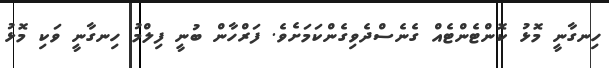
ހިނގާނީ މޮޅު ކޮންޓެންޓެއް ގެނެސްދެވިގެންކަމަށެވެ. ފަރްހާން ބުނީ ފިލްމު ހިނގާނީ ވަކި މޮޅު